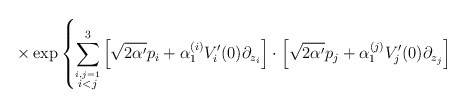
\begin{align*}\times \exp \left\{ \sum_{\stackrel{i,j=1}{i<j}}^{3}\left[ \sqrt{ 2 \alpha ^{\prime }}p_{i}+\alpha _{1}^{(i)}V_{i}^{\prime }(0)\partial _{z_{i}}\right] \cdot\left[ \sqrt{ 2\alpha ^{\prime }}p_{j}+\alpha _{1}^{(j)}V_{j}^{\prime}(0)\partial _{z_{j}}\right] \right.\end{align*}